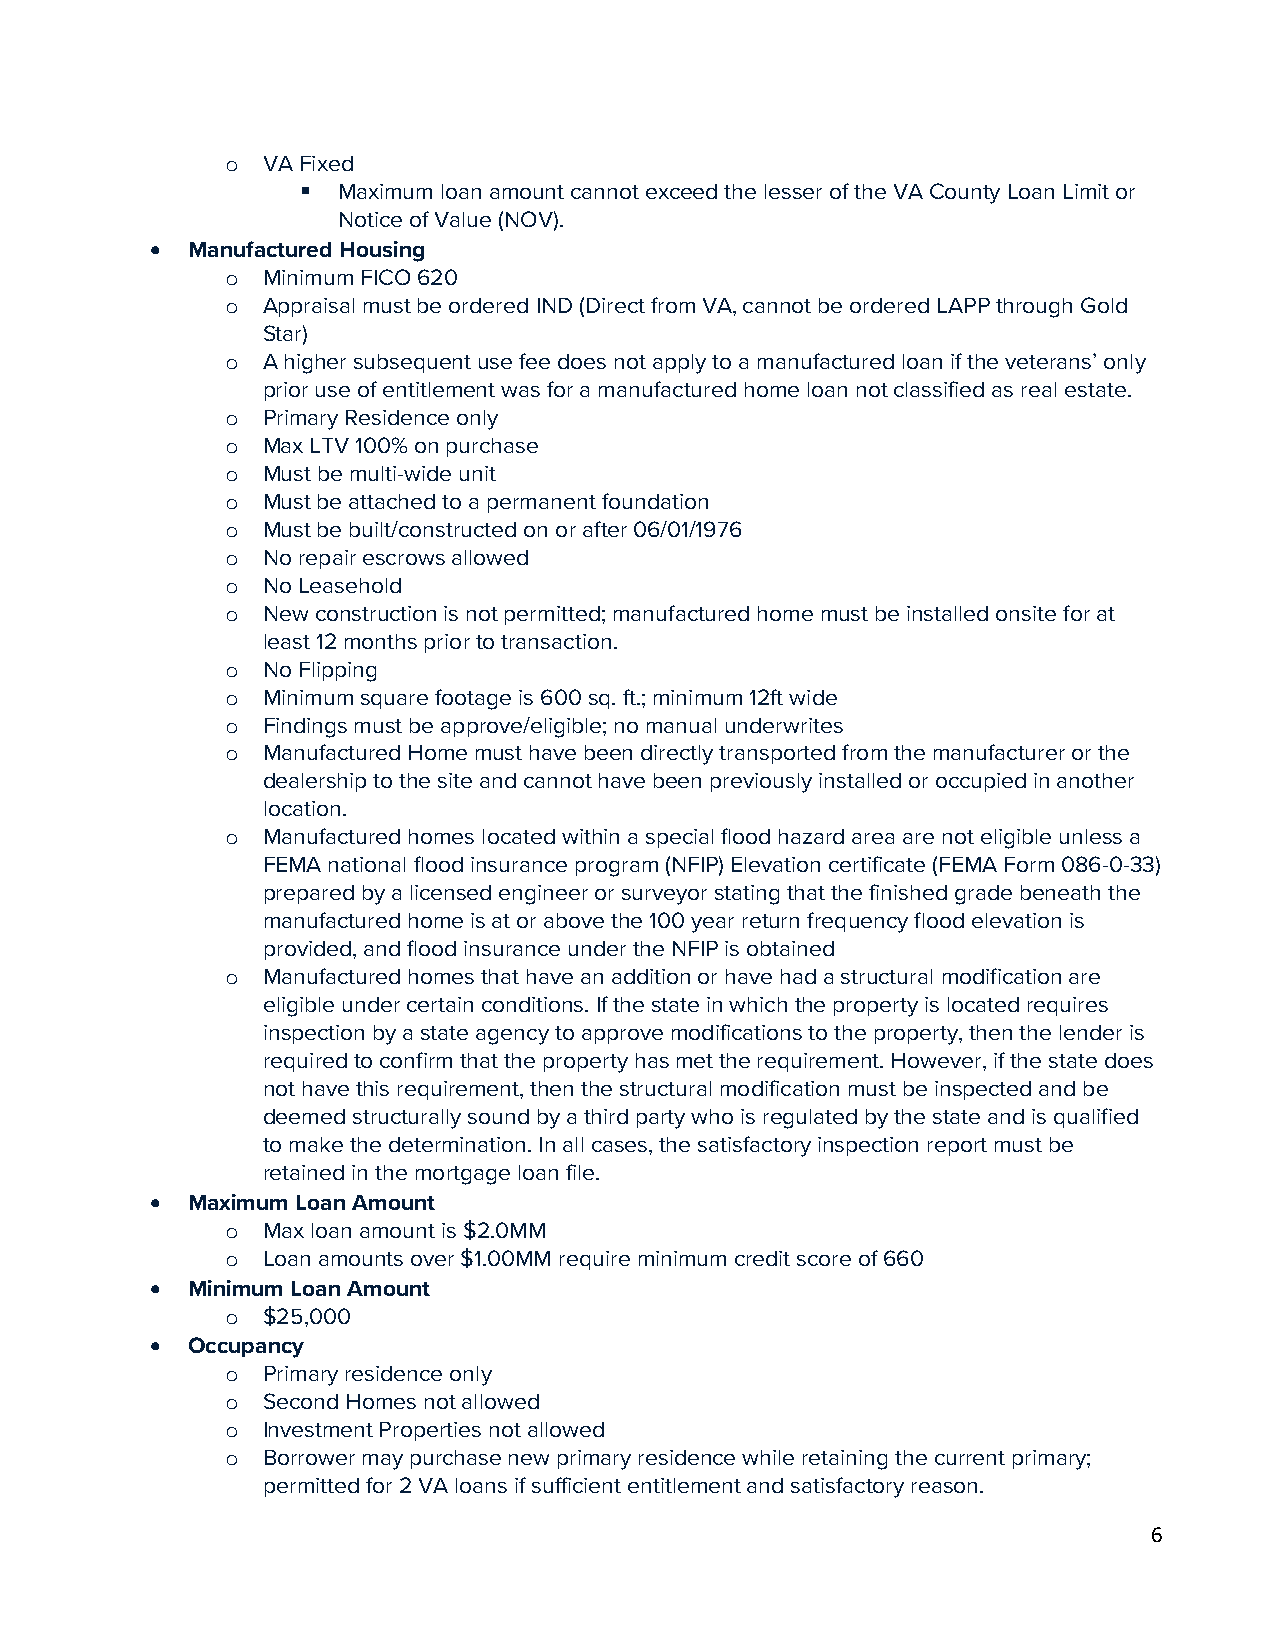
VA Fixed
 o
  Maximum loan amount cannot exceed the lesser of the VA County Loan Limit or
 Notice of Value (NOV).
 • Manufactured Housing
 Minimum FICO 620
 o
 Appraisal must be ordered IND (Direct from VA, cannot be ordered LAPP through Gold
 o
 Star)
 A higher subsequent use fee does not apply to a manufactured loan if the veterans’ only
 o
 prior use of entitlement was for a manufactured home loan not classified as real estate.
 Primary Residence only
 o
 Max LTV 100% on purchase
 o
 Must be multi-wide unit
 o
 Must be attached to a permanent foundation
 o
 Must be built/constructed on or after 06/01/1976
 o
 No repair escrows allowed
 o
 No Leasehold
 o
 New construction is not permitted; manufactured home must be installed onsite for at
 o
 least 12 months prior to transaction.
 No Flipping
 o
 Minimum square footage is 600 sq. ft.; minimum 12ft wide
 o
 Findings must be approve/eligible; no manual underwrites
 o
 Manufactured Home must have been directly transported from the manufacturer or the
 o
 dealership to the site and cannot have been previously installed or occupied in another
 location.
 Manufactured homes located within a special flood hazard area are not eligible unless a
 o
 FEMA national flood insurance program (NFIP) Elevation certificate (FEMA Form 086-0-33)
 prepared by a licensed engineer or surveyor stating that the finished grade beneath the
 manufactured home is at or above the 100 year return frequency flood elevation is
 provided, and flood insurance under the NFIP is obtained
 Manufactured homes that have an addition or have had a structural modification are
 o
 eligible under certain conditions. If the state in which the property is located requires
 inspection by a state agency to approve modifications to the property, then the lender is
 required to confirm that the property has met the requirement. However, if the state does
 not have this requirement, then the structural modification must be inspected and be
 deemed structurally sound by a third party who is regulated by the state and is qualified
 to make the determination. In all cases, the satisfactory inspection report must be
 retained in the mortgage loan file.
 • Maximum Loan Amount
 Max loan amount is $2.0MM
 o
 Loan amounts over $1.00MM require minimum credit score of 660
 o
 • Minimum Loan Amount
 $25,000
 o
 • Occupancy
 Primary residence only
 o
 Second Homes not allowed
 o
 Investment Properties not allowed
 o
 Borrower may purchase new primary residence while retaining the current primary;
 o
 permitted for 2 VA loans if sufficient entitlement and satisfactory reason.
 6